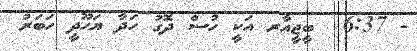
- 6:37  ބީޖީއާރ އަކީ ހުސް ދޮގު ހަދާ ޔަހޫދީ ހަބަރު